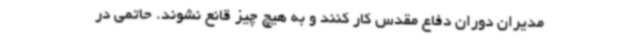
مدیران دوران دفاع مقدس کار کنند و به هیچ چیز قانع نشوند. حاتمی در